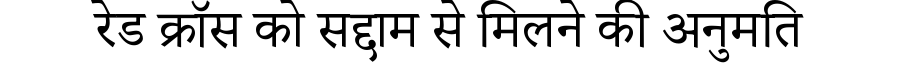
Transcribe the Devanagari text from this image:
रेड क्रॉस को सद्दाम से मिलने की अनुमति